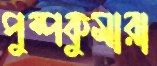
পুষ্পকুমারা